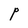
Character: P